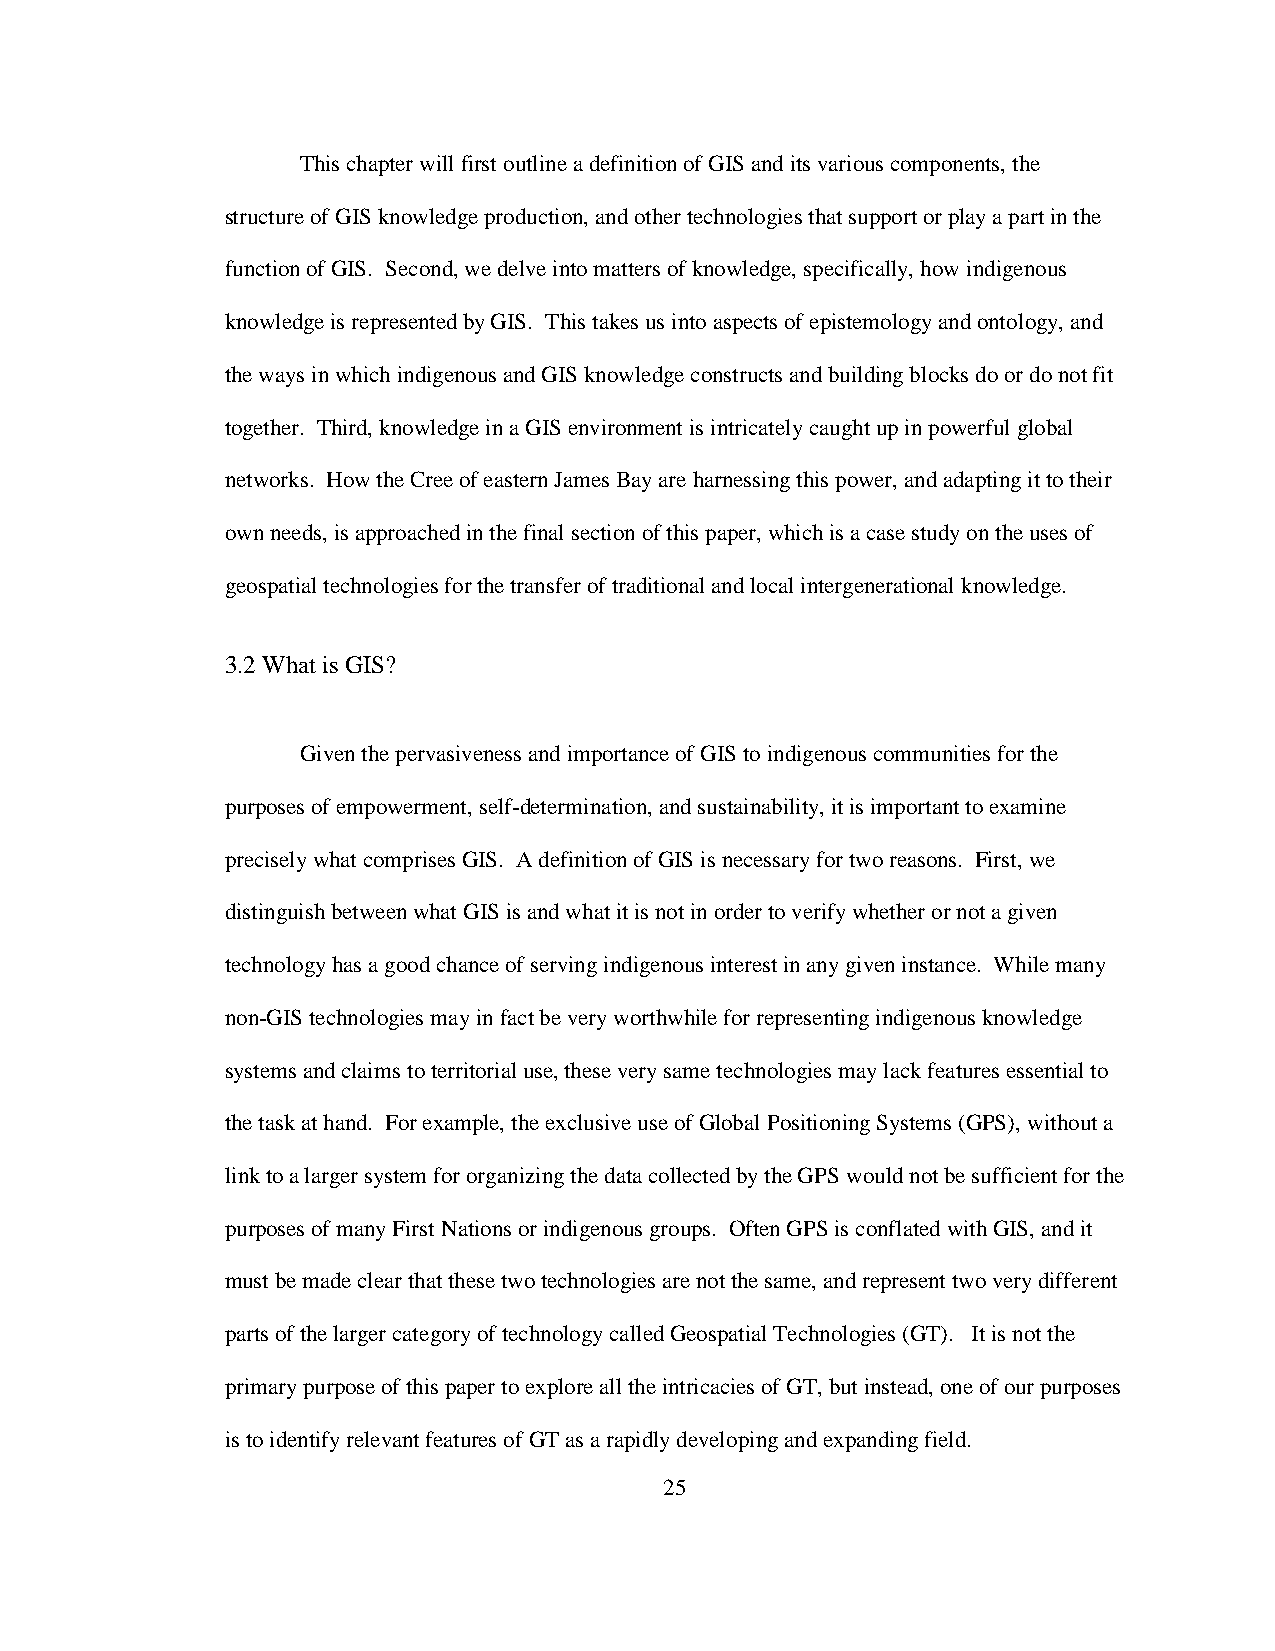
This chapter will first outline a definition of GIS and its various components, the
 structure of GIS knowledge production, and other technologies that support or play a part in the
 function of GIS. Second, we delve into matters of knowledge, specifically, how indigenous
 knowledge is represented by GIS. This takes us into aspects of epistemology and ontology, and
 the ways in which indigenous and GIS knowledge constructs and building blocks do or do not fit
 together. Third, knowledge in a GIS environment is intricately caught up in powerful global
 networks. How the Cree of eastern James Bay are harnessing this power, and adapting it to their
 own needs, is approached in the final section of this paper, which is a case study on the uses of
 geospatial technologies for the transfer of traditional and local intergenerational knowledge.
 3.2 What is GIS?
 Given the pervasiveness and importance of GIS to indigenous communities for the
 purposes of empowerment, self-determination, and sustainability, it is important to examine
 precisely what comprises GIS. A definition of GIS is necessary for two reasons. First, we
 distinguish between what GIS is and what it is not in order to verify whether or not a given
 technology has a good chance of serving indigenous interest in any given instance. While many
 non-GIS technologies may in fact be very worthwhile for representing indigenous knowledge
 systems and claims to territorial use, these very same technologies may lack features essential to
 the task at hand. For example, the exclusive use of Global Positioning Systems (GPS), without a
 link to a larger system for organizing the data collected by the GPS would not be sufficient for the
 purposes of many First Nations or indigenous groups. Often GPS is conflated with GIS, and it
 must be made clear that these two technologies are not the same, and represent two very different
 parts of the larger category of technology called Geospatial Technologies (GT). It is not the
 primary purpose of this paper to explore all the intricacies of GT, but instead, one of our purposes
 is to identify relevant features of GT as a rapidly developing and expanding field.
 25